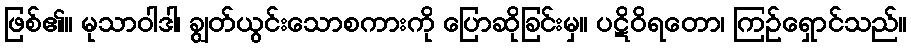
ဖြစ်၏။ မုသာဝါဒါ၊ ချွတ်ယွင်းသောစကားကို ပြောဆိုခြင်းမှ။ ပဋိဝိရတော၊ ကြဉ်ရှောင်သည်။